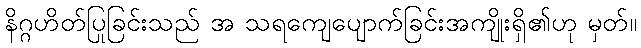
နိဂ္ဂဟိတ်ပြုခြင်းသည် အ သရကျေပျောက်ခြင်းအကျိုးရှိ၏ဟု မှတ်။